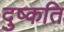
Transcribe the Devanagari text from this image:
दुष्‍कति